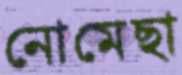
নোমেছা